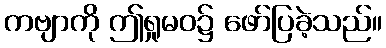
ကဗျာကို ဤရှုမဝ၌ ဖော်ပြခဲ့သည်။